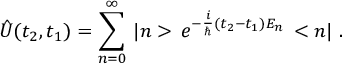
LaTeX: \hat { U } ( t _ { 2 } , t _ { 1 } ) = \sum _ { n = 0 } ^ { \infty } \, | n > \, e ^ { - \frac { i } { \hbar } ( t _ { 2 } - t _ { 1 } ) E _ { n } } \, < n | \ .